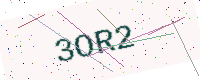
Text: 3OR2